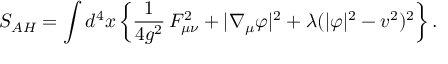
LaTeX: S _ { A H } = \int d ^ { 4 } x \left\{ \frac 1 { 4 g ^ { 2 } } \, F _ { \mu \nu } ^ { 2 } + | \nabla _ { \mu } \varphi | ^ { 2 } + \lambda ( | \varphi | ^ { 2 } - v ^ { 2 } ) ^ { 2 } \right\} .